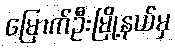
မြောက်ဦးမြို့နယ်မှ